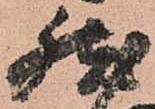
然